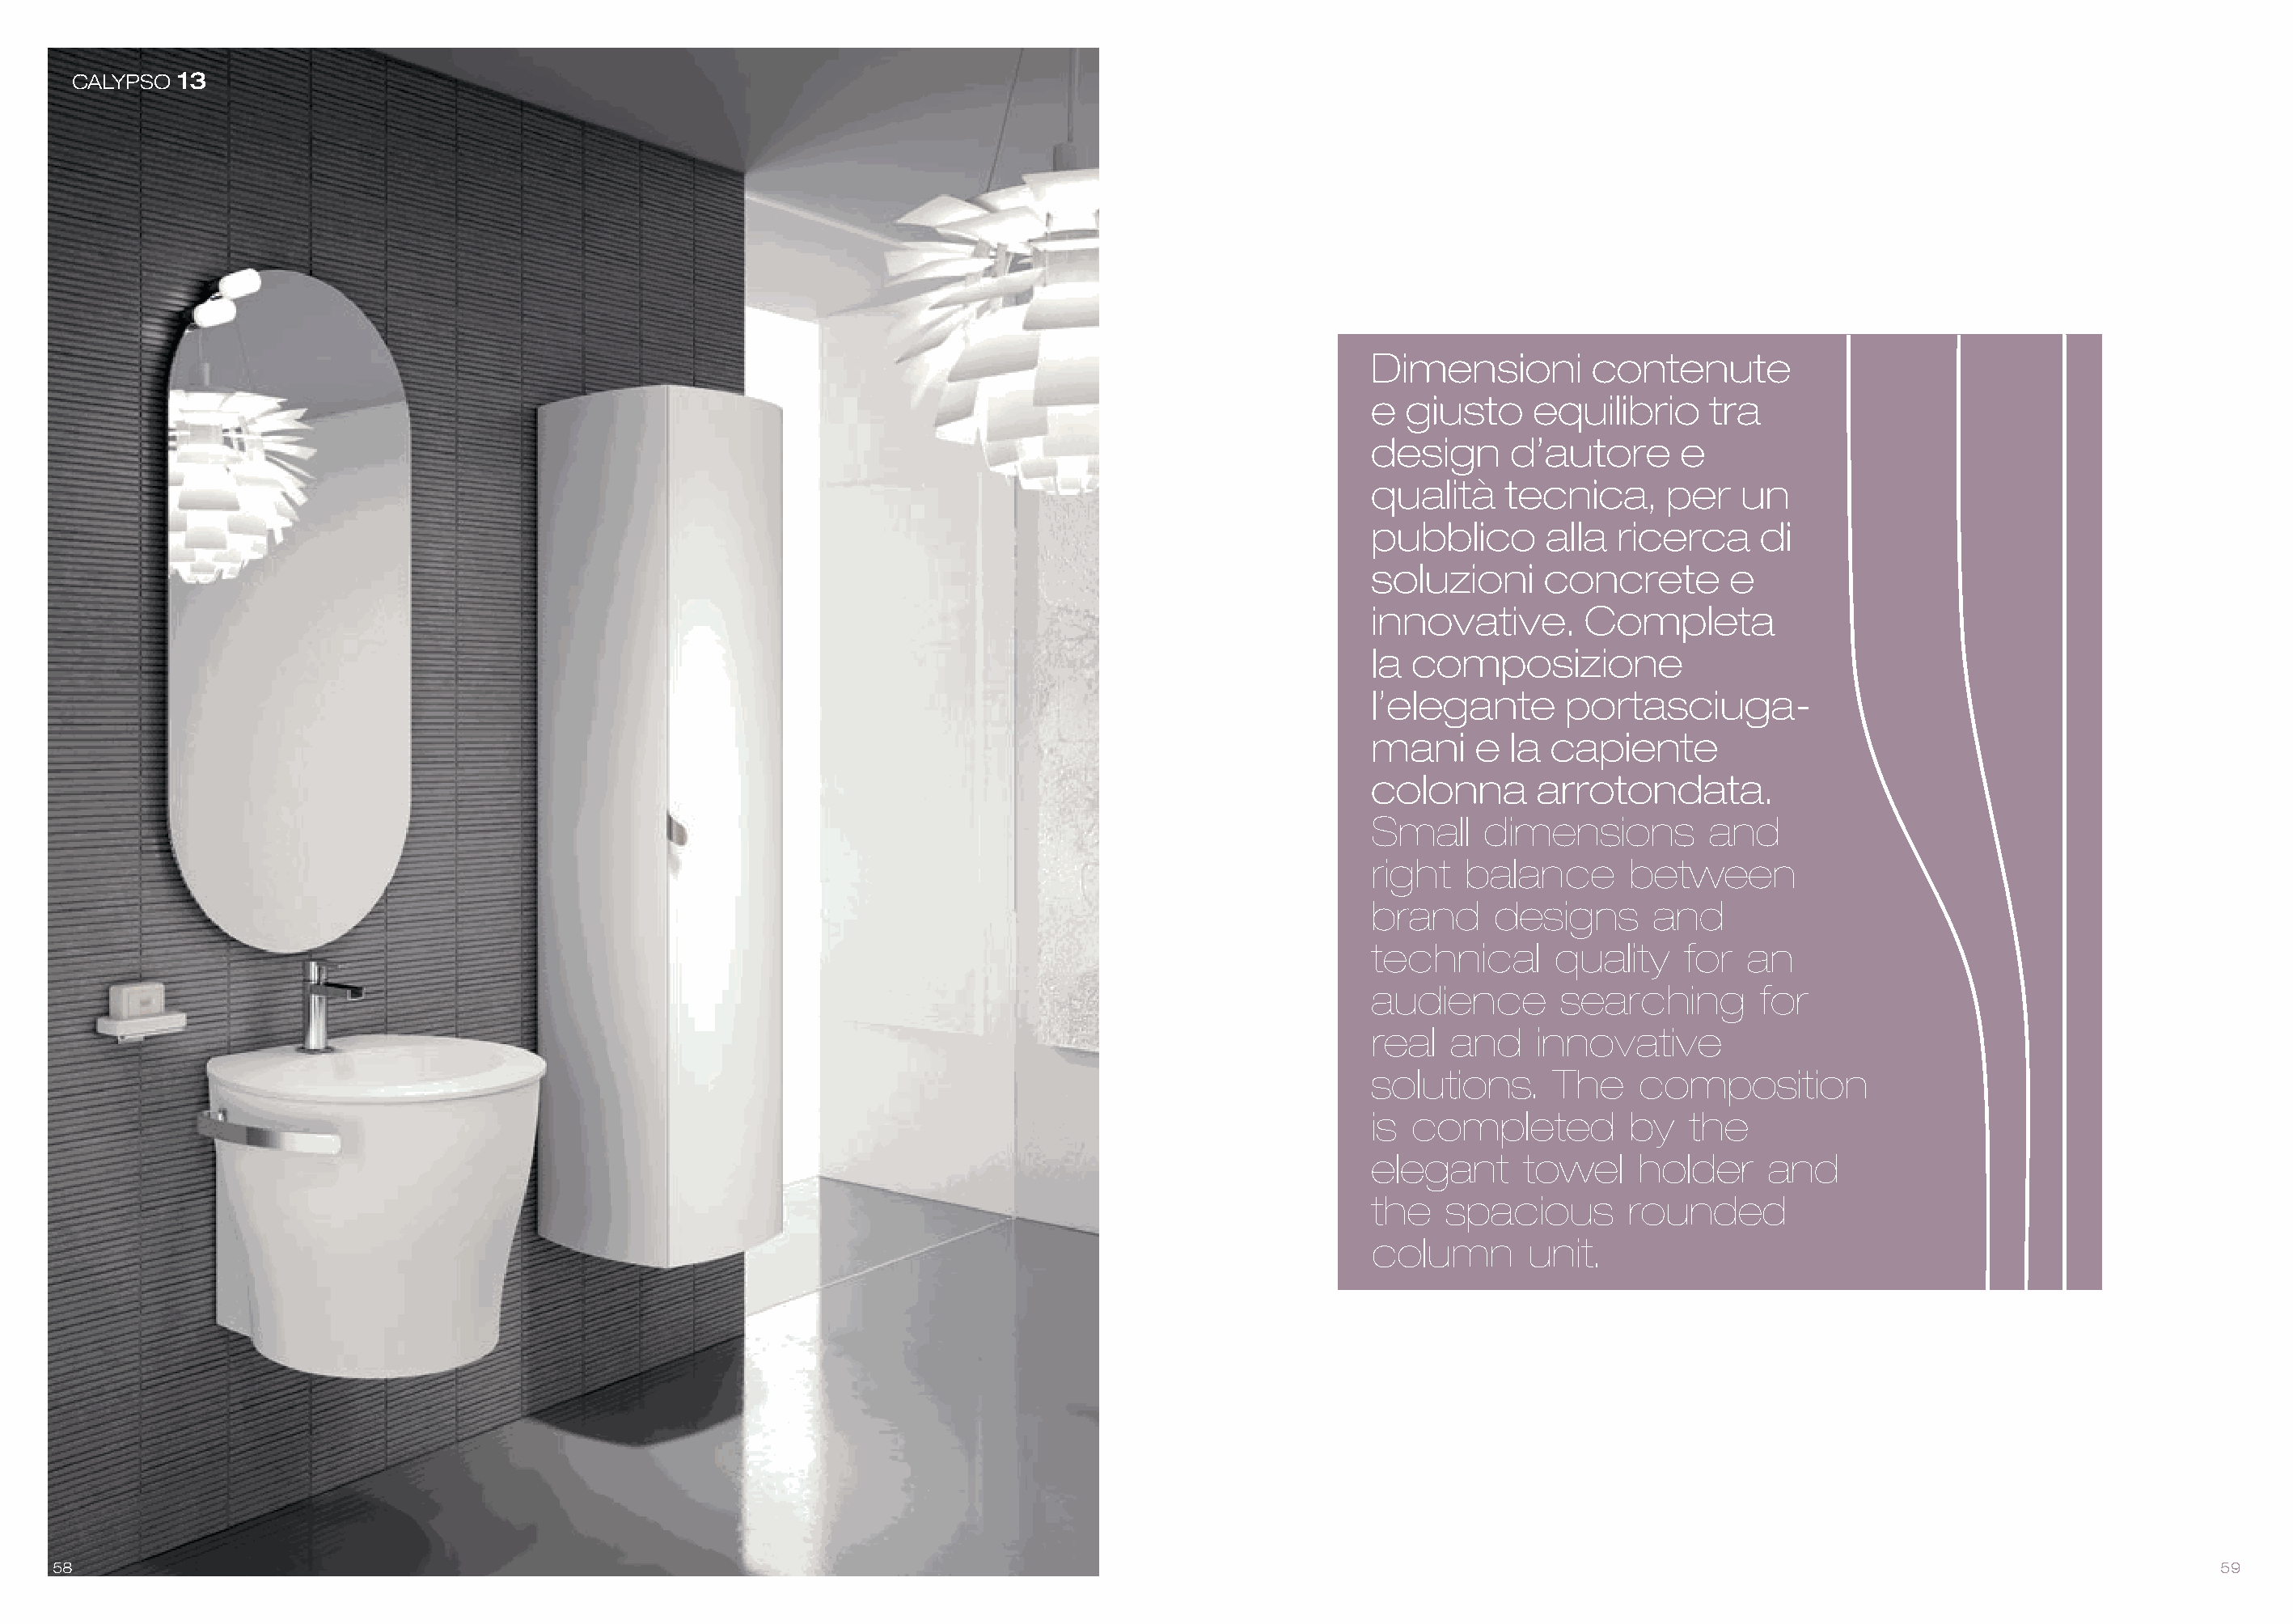
CALYPSO 13
 Dimensioni        contenute
 e  giusto    equilibrio     tra
 design     d’autore      e
 qualità    tecnica,     per   un
 pubblico      alla  ricerca     di
 soluzioni     concrete       e
 innovative.       Completa
 la composizione
 l’elegante      portasciuga-
 mani     e la  capiente
 colonna       arrotondata.
 Small    dimensions         and
 right   balance      between
 brand     designs      and
 technical      quality    for  an
 audience        searching       for
 real   and    innovative
 solutions.     The    composition
 is completed         by   the
 elegant      towel    holder     and
 the   spacious       rounded
 column       unit.
 58                                                                                                                                                                                59